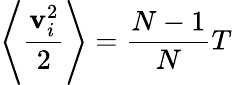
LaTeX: \left\langle\frac{\textbf{v}_{i}^{2}}{2}\right\rangle=\frac{N-1}{N}T